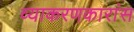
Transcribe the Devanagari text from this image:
व्याकरणकारांस